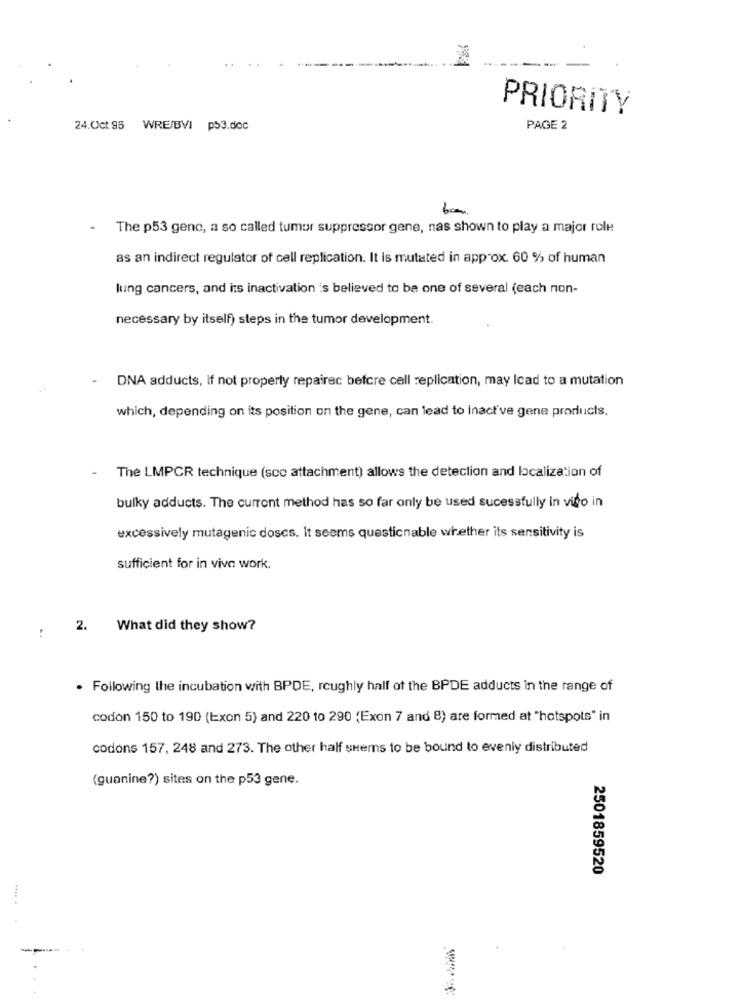
PRIORITY
24.Oct.95 WRE/BVI p53.doc
PAGE 2
The p53 geno, a so called tumor suppressor gene, nas shown to play a major role
as an indirect regulator of cell replication. It is mutated in approx. 60 % of human
lung cancers, and its inactivation is believed to be one of several (each non-
necessary by itself) steps in the tumor development.
DNA adducts, if not properly repairec befcre cell replication, may Icad to a mutation
which, depending on its position on the gene, can lead to Inact've gene products.
The LMPCR technique (scc attachment) allows the detection and localization of
bulky adducts. The current method has so far only be used sucessfully in vito in
excessively mutagenic doscs. It seems questicnable whether its sensitivity is
sufficient for in viva work.
2.
What did they show?
!
. Following the incubation with BPDE, roughly half of the BPDE adducts in the range of
codon 150 to 190 (Exon 5) and 220 to 290 (Exon 7 and 8) are formed at "hotspots" in
codons 157. 248 and 273. The other half seems to be bound to evenly distributed
(guanine?) sites on the p53 gene.
2501859520
--